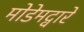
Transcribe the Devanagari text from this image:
मोडेमद्वारे